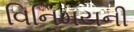
વિનિમયની